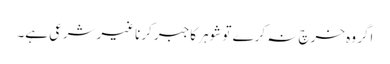
اگر وہ خرچ نہ کرے تو شوہر کاجبر کرناغیرشرعی ہے۔